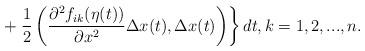
LaTeX: \begin{align*}+\left. \frac{1}{2}\left(\frac{\partial^2 f_{ik}(\eta(t))}{\partial x^2}\Delta x(t),\Delta x(t)\right)\right\}dt,k=1,2,..., n.\end{align*}